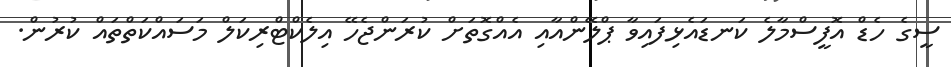
ސީގެ ހެޑް އޮފީސްމާލެ ކަނޑައެޅިފައިވާ ޕްލޭންއާއި އެއްގޮތަށް ކުރަންޖެހޭ އިލެކްޓްރިކަލް މަސައްކަތްތައް ކުރުން.